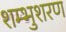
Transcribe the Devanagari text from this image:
शम्भुशरण